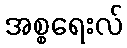
အစ္စရေးလ်